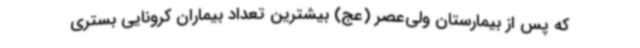
که پس از بیمارستان ولی‌عصر (عج) بیشترین تعداد بیماران کرونایی بستری